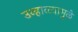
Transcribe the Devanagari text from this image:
उन्हाळ्यामुळे